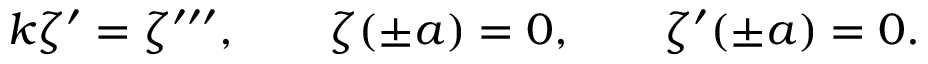
k \zeta ^ { \prime } = \zeta ^ { \prime \prime \prime } , \qquad \zeta ( \pm a ) = 0 , \qquad \zeta ^ { \prime } ( \pm a ) = 0 .